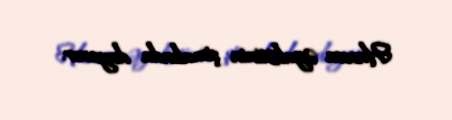
Huesca əyalətinin şimalında dayanır.